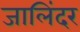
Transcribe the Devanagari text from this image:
जालिंदर